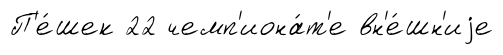
П'е́шек 22 чемп'иона́т'е вн'е́шн'иjе